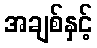
အချစ်နှင့်